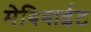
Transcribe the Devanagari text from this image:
मेबिबाईट